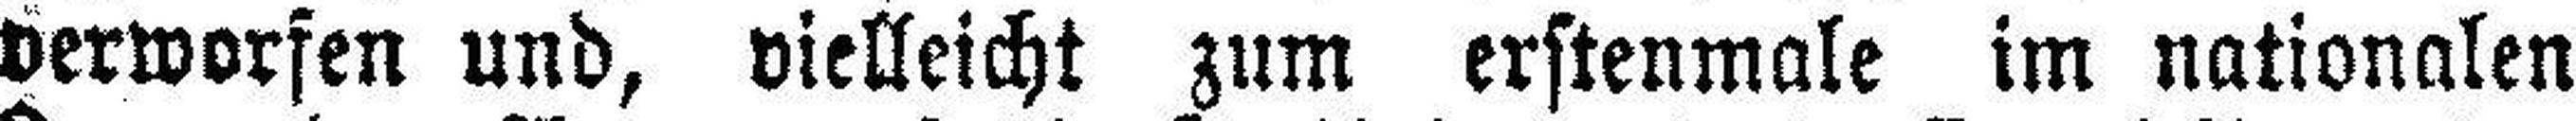
verworfen und, vielleicht zum erstenmale im nationalen